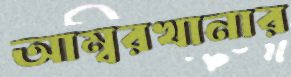
আম্বরখানার